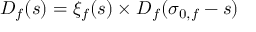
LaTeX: D _ { f } ( s ) = \xi _ { f } ( s ) \times D _ { f } ( \sigma _ { 0 , f } - s )